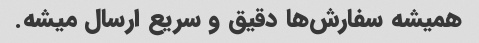
همیشه سفارش‌ها دقیق و سریع ارسال میشه.